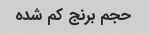
حجم برنج کم شده